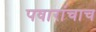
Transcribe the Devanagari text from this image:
पवारांचाच